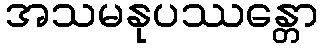
အသမနုပဿန္တော